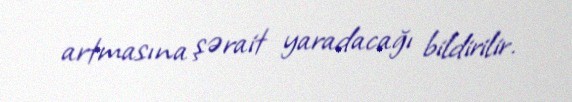
artmasına şərait yaradacağı bildirilir.